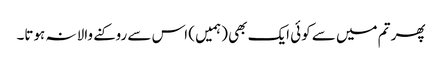
پھر تم میں سے کوئی ایک بھی (ہمیں ) اس سے روکنے والا نہ ہوتا۔